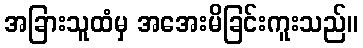
အခြားသူထံမှ အအေးမိခြင်းကူးသည်။